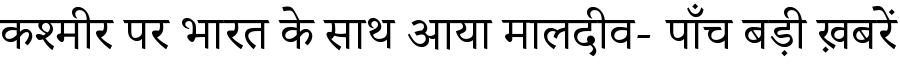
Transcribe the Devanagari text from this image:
कश्मीर पर भारत के साथ आया मालदीव- पाँच बड़ी ख़बरें